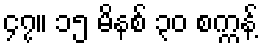
၄၇။ ၁၅ မိနစ် ၃၀ စက္ကန့်